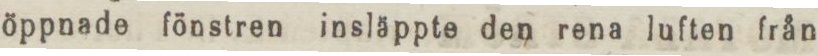
öppnade fönstren insläppte den rena luften från